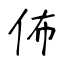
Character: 佈